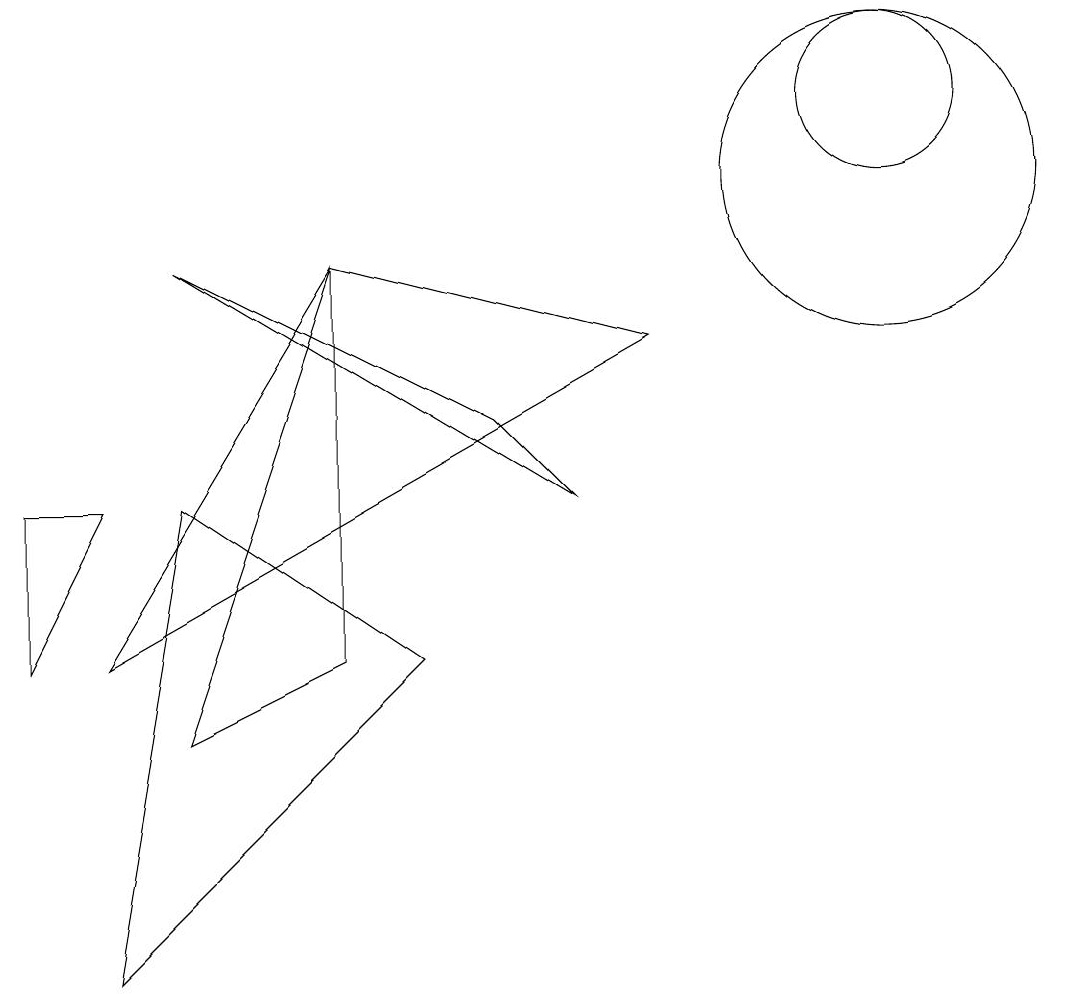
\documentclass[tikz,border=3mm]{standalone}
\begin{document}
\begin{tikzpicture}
\draw (8,8) -- (1,4) -- (4,9) -- cycle;
\draw (11,11) circle (1);
\draw (2,6) -- (1,0) -- (5,4) -- cycle;
\draw (2,9) -- (7,6) -- (6,7) -- cycle;
\draw (1,6) -- (0,4) -- (0,6) -- cycle;
\draw (11,10) circle (2);
\draw (4,9) -- (4,4) -- (2,3) -- cycle;
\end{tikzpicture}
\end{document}